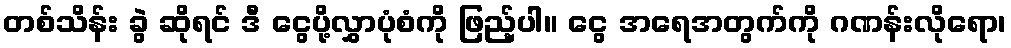
တစ်သိန်း ခွဲ ဆိုရင် ဒီ ငွေပို့လွှာပုံစံကို ဖြည့်ပါ။ ငွေ အရေအတွက်ကို ဂဏန်းလိုရော၊